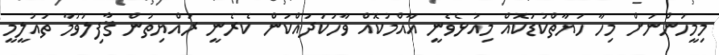
މިމީހުންނަށް މިހާ ހަޔާތްކުޑަކޮއް މިއުޅެވެނީ އާއްމުކޮއް ވާހަކަދައްކަން ކެރެނީ ރައްޔިތުން ޤާފިލުވުމާ ތައުލީމީ